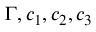
\Gamma , c _ { 1 } , c _ { 2 } , c _ { 3 }